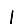
Digit: 1